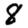
Digit: 8